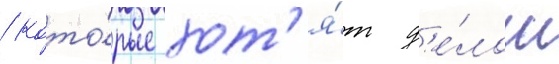
/ кото́рые хот'я́т д'е́лом